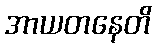
အာယတနေတိ